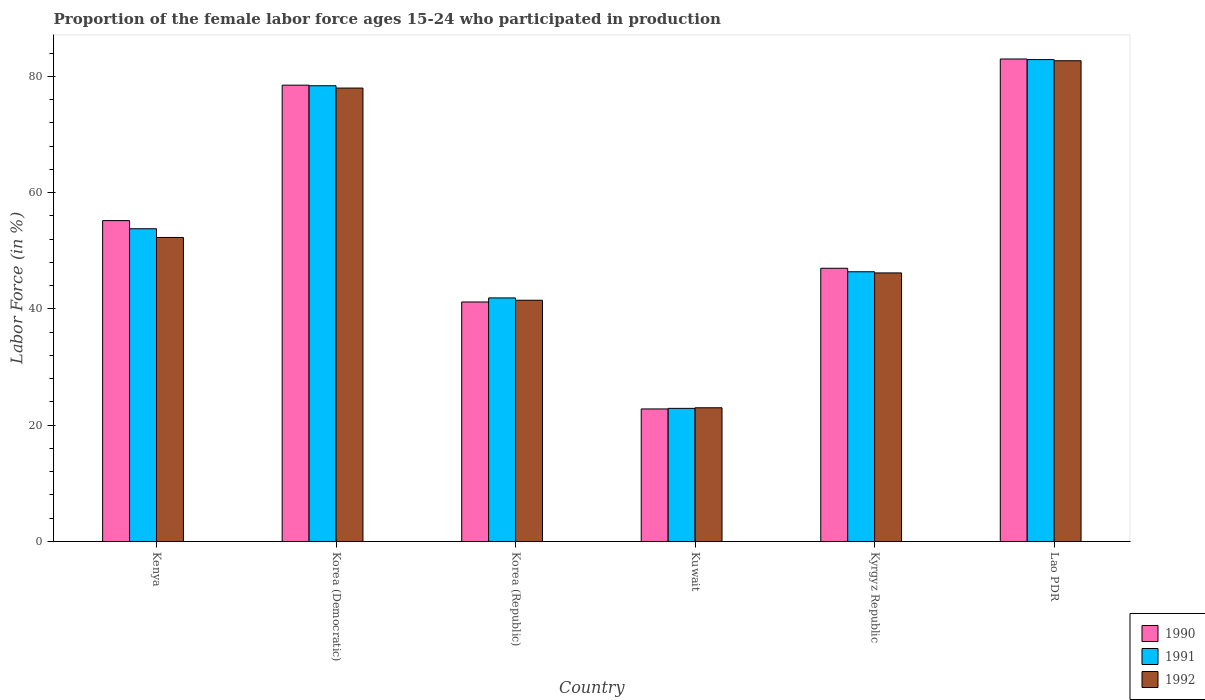
| Country | 1990 | 1991 | 1992 |
 | --- | --- | --- | --- |
 | Kenya | 55.2 | 53.8 | 52.3 |
 | Korea (Democratic) | 78.5 | 78.4 | 78 |
 | Korea (Republic) | 41.2 | 41.9 | 41.5 |
 | Kuwait | 22.8 | 22.9 | 23 |
 | Kyrgyz Republic | 47 | 46.4 | 46.2 |
 | Lao PDR | 83 | 82.9 | 82.7 |